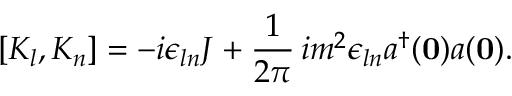
[ K _ { l } , K _ { n } ] = - i \epsilon _ { l n } J + \frac { 1 } { 2 \pi } \, i m ^ { 2 } \epsilon _ { l n } a ^ { \dagger } ( { \bf 0 } ) a ( { \bf 0 } ) .